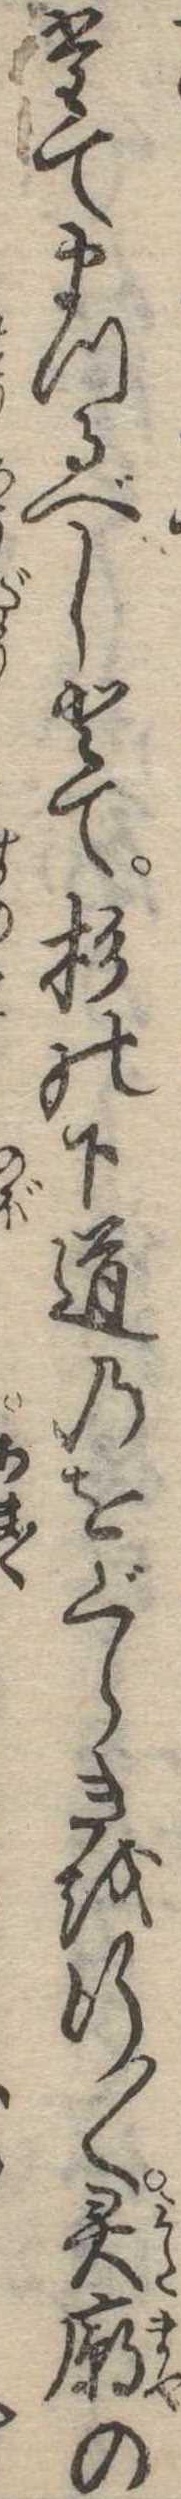
たてまつるべしとて杉の下道のをぐらきを行〱霊廟の